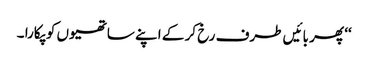
‘‘ پھر بائیں طرف رخ کر کے اپنے ساتھیوں کو پکارا ۔